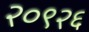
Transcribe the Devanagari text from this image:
२०९२६